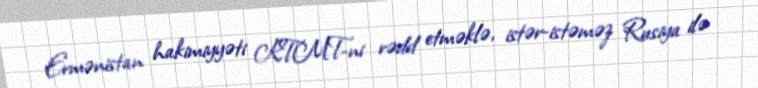
Ermənistan hakimiyyəti KTMT-ni rədd etməklə, istər-istəməz Rusiya ilə